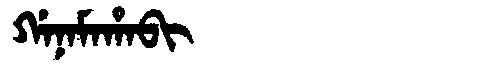
Manchu: ᡤᠠᠨᠠᠮᠠᡥᠠᠪᡳ
Romanization: GANAMAHABI